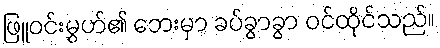
ဖြူဝင်းမွှဟ်၏ ဘေးမှာ ခပ်ခွာခွာ ဝင်ထိုင်သည်။